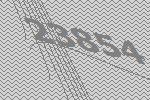
23854